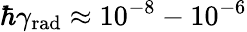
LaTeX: \hbar\gamma_{\mathrm{rad}}\approx 10^{-8}-10^{-6}